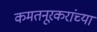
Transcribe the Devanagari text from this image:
कमतनूरकरांच्या